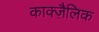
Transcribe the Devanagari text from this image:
काक्ज़ैलिक